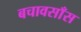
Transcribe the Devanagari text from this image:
बचावसाँस